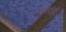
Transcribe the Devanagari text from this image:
असाह्य